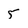
Character: 5